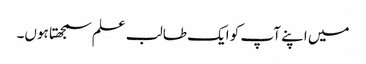
میں اپنے آپ کو ایک طالب علم سمجھتا ہوں۔